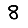
Digit: 8